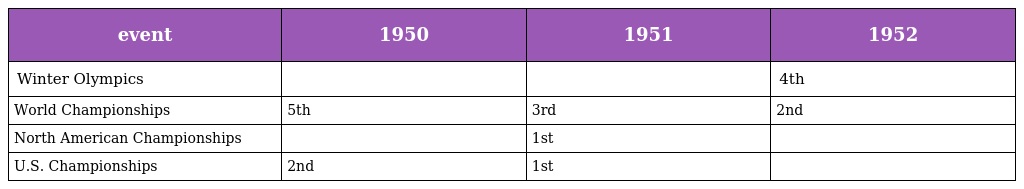
| event | 1950 | 1951 | 1952 |
 | --- | --- | --- | --- |
 | Winter Olympics |  |  | 4th |
 | World Championships | 5th | 3rd | 2nd |
 | North American Championships |  | 1st |  |
 | U.S. Championships | 2nd | 1st |  |